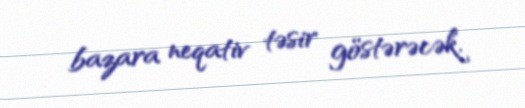
bazara neqativ təsir göstərəcək.